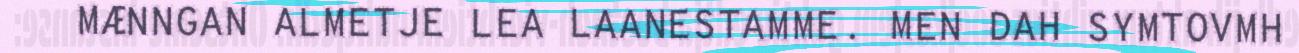
MÆNNGAN ALMETJE LEA LAANESTAMME. MEN DAH SYMTOVMH